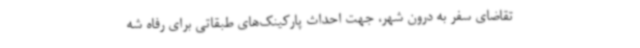
تقاضای سفر به درون شهر، جهت احداث پارکینک‌های طبقاتی برای رفاه شه